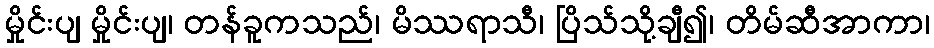
မှိုင်းပျ မှိုင်းပျ၊ တန်ခူကသည်၊ မိဿရာသီ၊ ပြိသ်သို့ချီ၍၊ တိမ်ဆီအာကာ၊